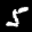
Label: 5